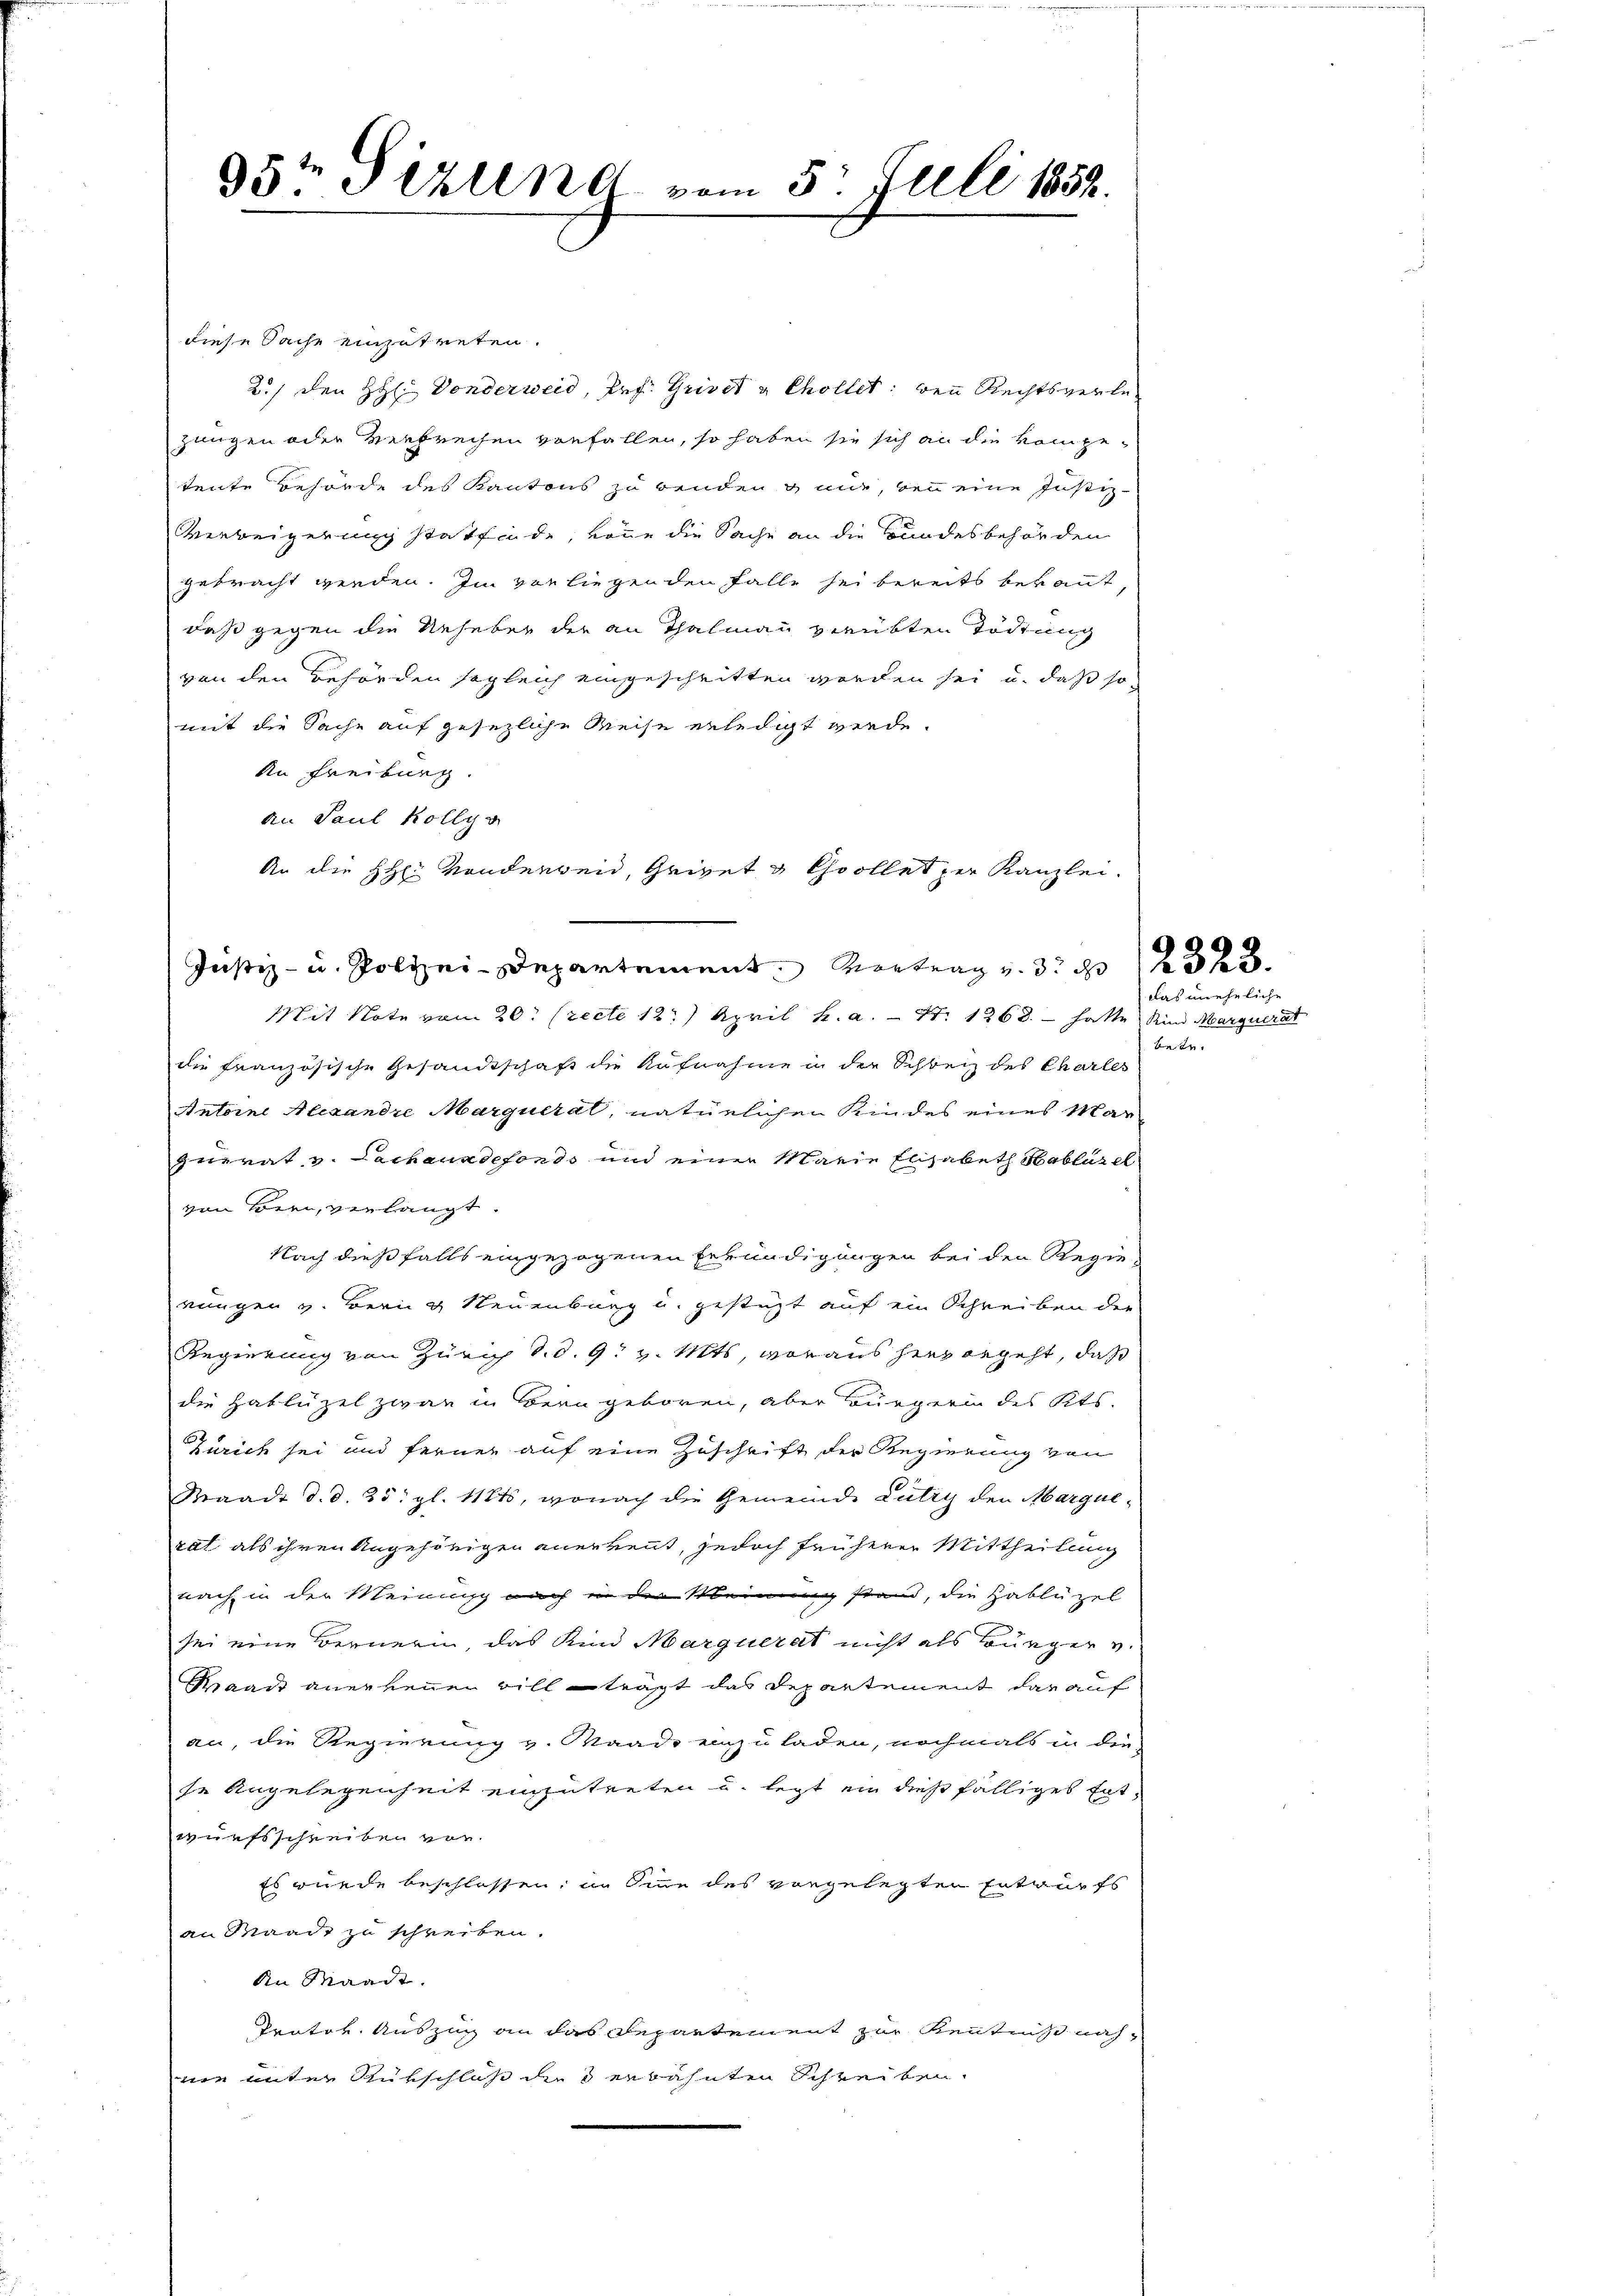
diese Sache einzutreten.
2./ den H. Donderweid, Pr. Griret u Chollet: den Rechtsverlezeugen oder Verbrechen vorfallen, so haben sie sich an die kompetente Behörde des Kantons zu benden mir, den eine Justiz-
Verweigerung stattfinde, könne die Sache an die Bundesbehörden
gebracht werden. Im vorliegenden Falle sei bereits bekannt
daß gegen die Ueheber der an Thalmann verübten Tödtung
von den Behörden sogleich eingeschritten worden sei, u. daß so
mit die Sache auf gesezliche Reise erledigt werde.
An Freiburg.
an Paul Kolly
 . Departement 23 x
Mit Note vom 20. (recte 18. April h. a. — St. 1268. – hatte Kind Marquerat
die französische Gesandtschaft die Aufnahme in der Schweiz des Charles
Antoine Alexandre Marquerat, natürlichen Kindes eines Mazerrat v. Lachenadefonds und einer Marie Elisabeth Hablüsel
von Bern, verlangt
Nach dießfalls eingezogenen Erkundigungen bei den Regie-
rungen v. Bern & Neuenburg u. gestüzt auf ein Schreiben der
Regierung von Zürich d. d. 9. v. Mts, voraus hervorgeht, daß
die Hablüzel zwar in Bern geboren, aber Bürgerin des Kts.
Zürich sei und ferner auf eine Zuschrift der Regierung von
Sraadt d. d. 25. gl. 11815, wonach die Gemeinde Lutry den Marquerat als ihren Angehörigen anerkennt, jedoch früherer Mittheilung
nach in der Meinung nach in der Meinung stand, die Hablüzel
sei eine Bernerin, das Kind Marquerat nicht als Bürger v.
Waadt anerkennen will trägt das Departement darauf
an, die Regierung v. Waadt einzuladen, nochmals in die-
se Angelegenheit einzutreten u. legt ein dießfälliges Entwurfsschreiben von
Es wurde beschlossen, in Sinn des vorgelegten Entwurfs
an Waadt zu schreiben.
An Waadt.
Trativ. Auszug an das Repartement zur Kenntnis nachnee unter Rükschluß dies erwähnten Schreiben,

95t Sizung vom 5. Juli 1858.

An die HH: Vondergeid, Geiget u Collet per Kanzlei.

das uneheliche
betr.